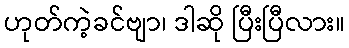
ဟုတ်ကဲ့ခင်ဗျာ၊ ဒါဆို ပြီးပြီလား။